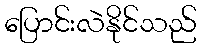
ပြောင်းလဲနိုင်သည်